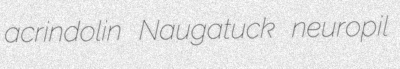
acrindolin Naugatuck neuropil